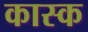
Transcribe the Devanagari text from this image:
कास्क